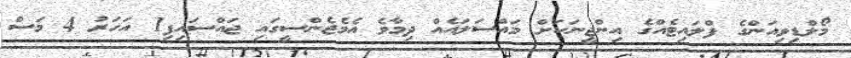
މޯލްޑިވިއަންގެ ފްލައިޓެއްގެ އިންޖީނަކަށް މައްސަލައެއް ދިމާވެ އެމެޖެންސީގައި ޖައްސައިފި1 އަހަރު 4 މަސް